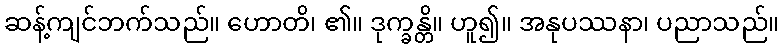
ဆန့်ကျင်ဘက်သည်။ ဟောတိ၊ ၏။ ဒုက္ခန္တိ။ ဟူ၍။ အနုပဿနာ၊ ပညာသည်။